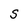
Character: S